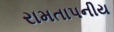
રામતાપનીય